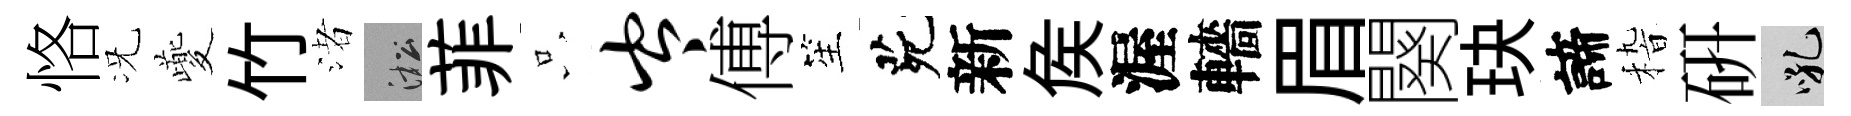
恪况夔竹渚淞菲只岑傅笙茕新矦渥轖眉闋玦諦𥟵研吼